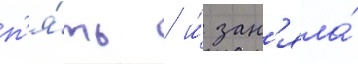
п'я́ть / и́ зан'яла́